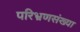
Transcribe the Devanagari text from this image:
परिभ्रणसंख्या